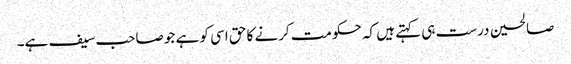
صالحین درست ہی کہتے ہیں کہ حکومت کرنے کا حق اسی کو ہے جو صاحب سیف ہے۔